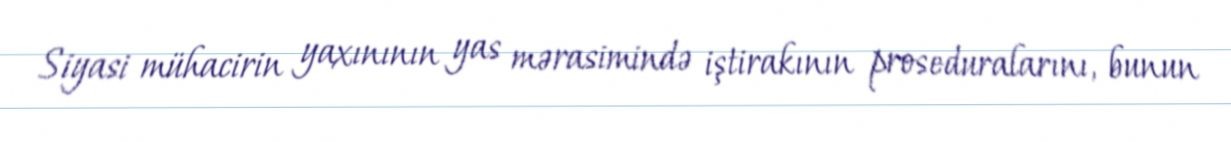
Siyasi mühacirin yaxınının yas mərasimində iştirakının proseduralarını, bunun